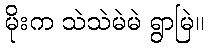
မိုးက သဲသဲမဲမဲ ရွာမြဲ။